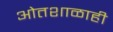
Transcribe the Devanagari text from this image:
ओतशाळाही